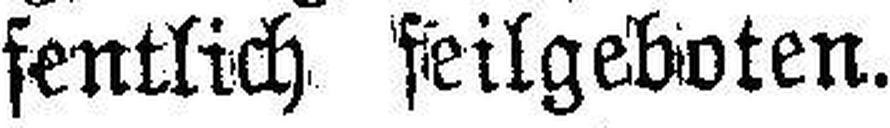
fentlich feilgeboten.